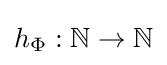
h_{\Phi }:\mathbb {N} \rightarrow \mathbb {N}